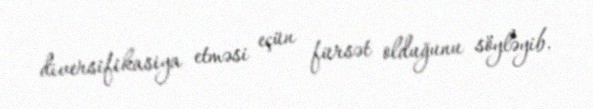
diversifikasiya etməsi eçün fürsət olduğunu söyləyib.